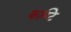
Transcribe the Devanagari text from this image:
कण्टि